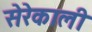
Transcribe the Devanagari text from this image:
सेरेकाली